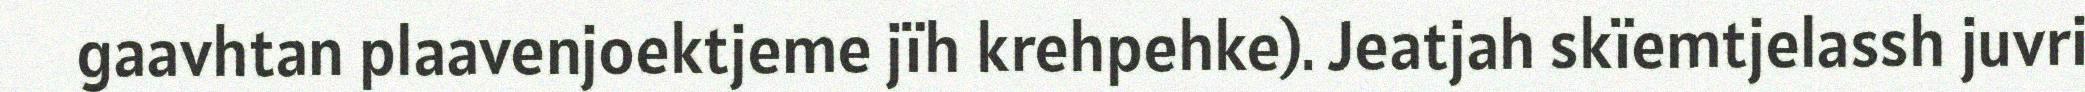
gaavhtan plaavenjoektjeme jïh krehpehke). Jeatjah skïemtjelassh juvri